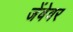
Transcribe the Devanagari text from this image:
जेंबेवर